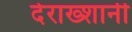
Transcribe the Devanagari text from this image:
देराख्शानी